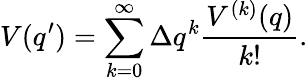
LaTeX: V(q^{\prime})=\sum_{k=0}^{\infty}\Delta q^{k}\frac{V^{(k)}(q)}{k!}.